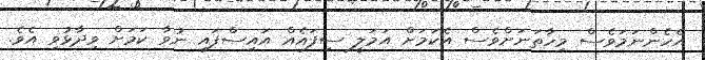
އެހެންނަމަވެސް މިހާތަނަށްވެސް އެކަމަށް އަމަލީ ސިފައެއް އައިސްފައި ނުވާ ކަމަށް ވިދާޅުވި އެވެ.